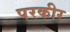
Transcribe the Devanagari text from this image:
परकीर